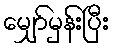
မျှော်မှန်းပြီး